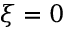
\xi = 0